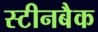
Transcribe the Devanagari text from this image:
स्टीनबैक